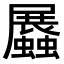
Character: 𧔡